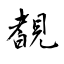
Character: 覩